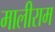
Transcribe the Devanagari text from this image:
मालीराम